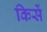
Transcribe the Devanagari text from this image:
किसें